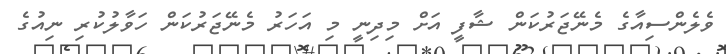
ވެލެންސިއާގެ މެނޭޖަރުކަން ޝާފީ އަށް މިދިނީ މި އަހަރު މެނޭޖަރުކަން ހަވާލުކުރި ނިއުގެ